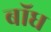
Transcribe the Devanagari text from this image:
बाॅध